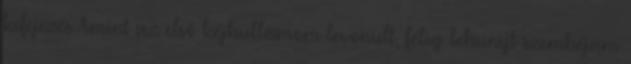
kifejezés Amint az első kéjhullámom levonult, félig lehunyt szemhéjam